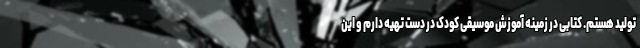
تولید هستم. کتابی در زمینه آموزش موسیقی کودک در دست تهیه دارم و این